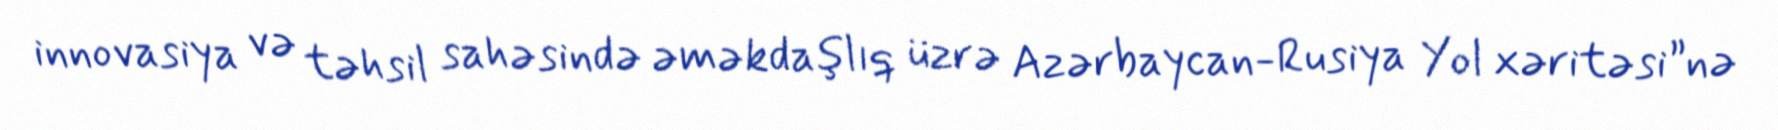
innovasiya və təhsil sahəsində əməkdaşlıq üzrə Azərbaycan-Rusiya Yol xəritəsi”nə